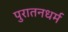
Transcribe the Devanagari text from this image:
पुरातनधर्म